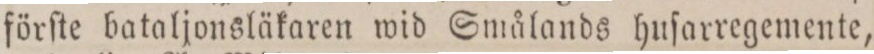
förſte bataljonsläkaren wid Smålands huſarregemente,